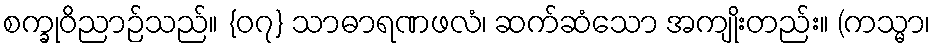
စက္ခုဝိညာဉ်သည်။ {၀၇} သာဓာရဏဖလံ၊ ဆက်ဆံသော အကျိုးတည်း။ (ကသ္မာ၊